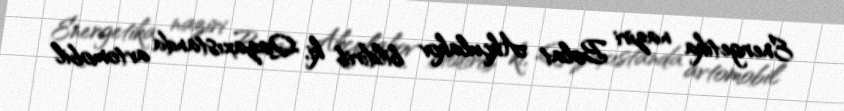
Energetika naziri Bolat Akçulakov bildirib ki, Qazaxıstanda avtomobil